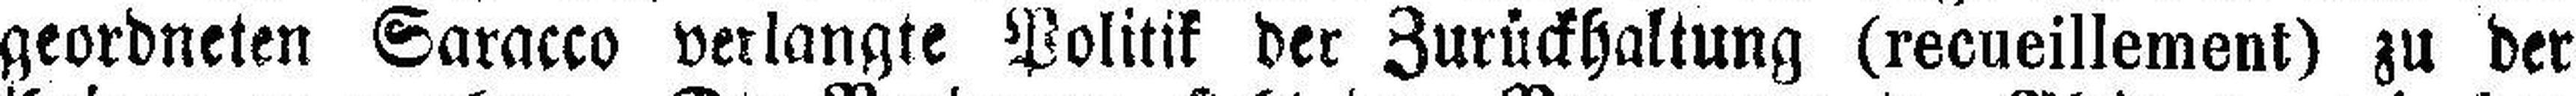
geordneten Saracco verlangte Politik der Zurückhaltung (recueillement) zu der